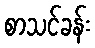
စာသင်ခန်း